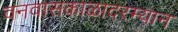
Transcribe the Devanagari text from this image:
वनवासकाळादरम्यान